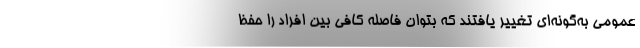
عمومی به‌گونه‌ای تغییر یافتند که بتوان فاصله کافی بین افراد را حفظ